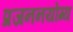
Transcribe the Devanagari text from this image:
प्रजननयोग्य